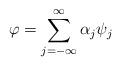
LaTeX: \begin{align*}\varphi =\sum_{j=-\infty }^\infty \alpha _j\psi _j\end{align*}